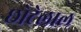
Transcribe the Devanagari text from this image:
छाेटेलाल